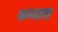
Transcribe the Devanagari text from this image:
धम्मास